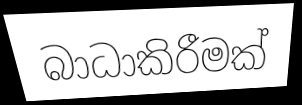
බාධාකිරීමක්